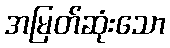
အမြတ်ဆုံးသော